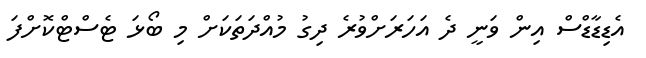
އެޑިޑާޑްސް އިން ވަނީ ދެ އަހަރަށްވުރެ ދިގު މުއްދަތަކަށް މި ބޯޅަ ޓެސްޓްކޮށްފަ